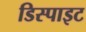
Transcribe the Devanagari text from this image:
डिस्पाइट